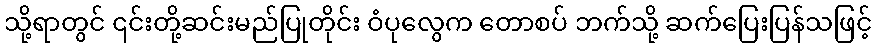
သို့ရာတွင် ၎င်းတို့ဆင်းမည်ပြုတိုင်း ဝံပုလွေက တောစပ် ဘက်သို့ ဆက်ပြေးပြန်သဖြင့်